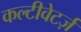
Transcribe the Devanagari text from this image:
कल्टीवेटर्ज़